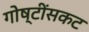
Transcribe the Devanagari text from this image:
गोष्टींसकट